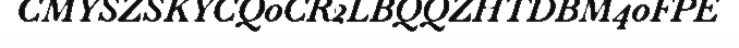
CMYSZSKYCQ0CR2LBQQZHTDBM40FPE